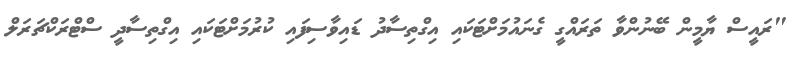
"ރައީސް ޔާމީން ބޭނުންވާ ތަރައްގީ ގެނައުމަށްޓަކައި އިގްތިސާދު ޑައިވާސިފައި ކުރުމަށްޓަކައި އިގްތިސާދީ ސްޓްރަކްޗަރަލް